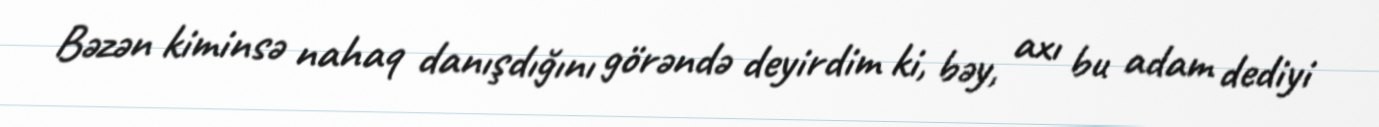
Bəzən kiminsə nahaq danışdığını görəndə deyirdim ki, bəy, axı bu adam dediyi